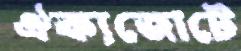
ঐক্যজোটে